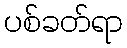
ပစ်ခတ်ရာ